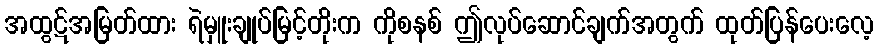
အထွဋ်အမြတ်ထား ရဲမှူးချုပ်မြင့်တိုးက ကိုစနစ် ဤလုပ်ဆောင်ချက်အတွက် ထုတ်ပြန်ပေးလေ့